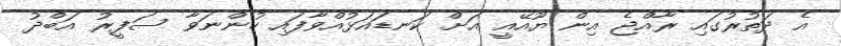
އެ ދަތުރުގައި ރާއްޖެ އިން ޔޫއޭއީ އަށް ކަނޑައަޅުއްވާފައި ހުންނަވާ ސަފީރު އަބްދު